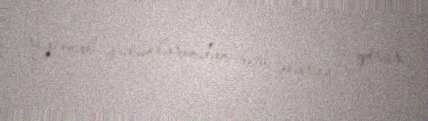
regional sütunlarından biri olaraq görür.